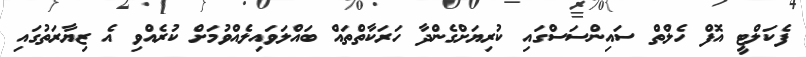
ފެކަލްޓީ އޮފް ހެލްތް ސައިންސަސްގައި ކުރިޔަށްގެންދާ ހަރަކާތްތައް ބައްލަވައިލެއްވުމަށް ކުރެއްވި އެ ޒިޔާރަތުގައި